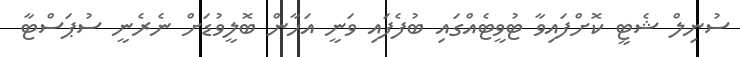
ސުނިލް ޝެޓީ ކޮށްފައިވާ ޓުވީޓެއްގައި ބުފެފައި ވަނީ އަހާން ބޮލީވުޑަށް ނެރެނީ ސުޕަސްޓާ